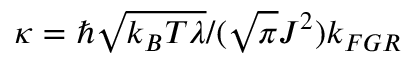
\kappa = \hbar \sqrt { k _ { B } T \lambda } / ( \sqrt { \pi } J ^ { 2 } ) k _ { F G R }